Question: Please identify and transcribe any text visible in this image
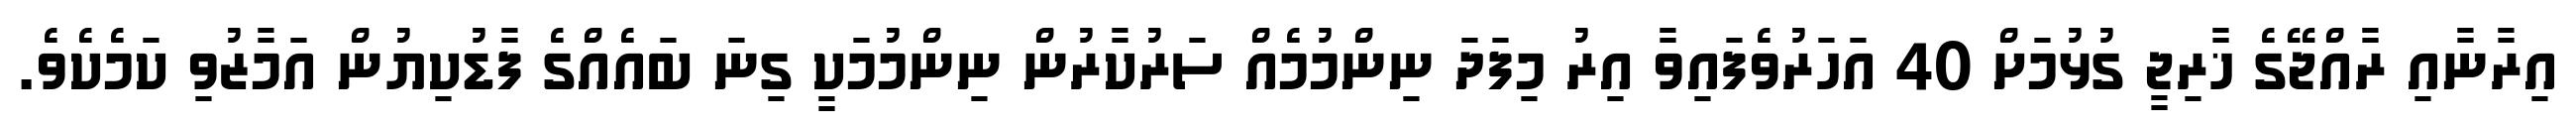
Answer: އިރާނާއި ރާއްޖޭގެ ޚާރިޖީ ގުޅުމަށް 40 އަހަރުވެފައިވާ އިރު މިފަދަ ނިންމުމެއް ސަރުކާރުން ނިންމުމަކީ ގިނަ ބައެއްގެ ފާޑުކިޔުން އަމާޒުވި ކަމެކެވެ.